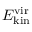
E _ { \mathrm { k i n } } ^ { \mathrm { v i r } }